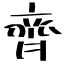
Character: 齊